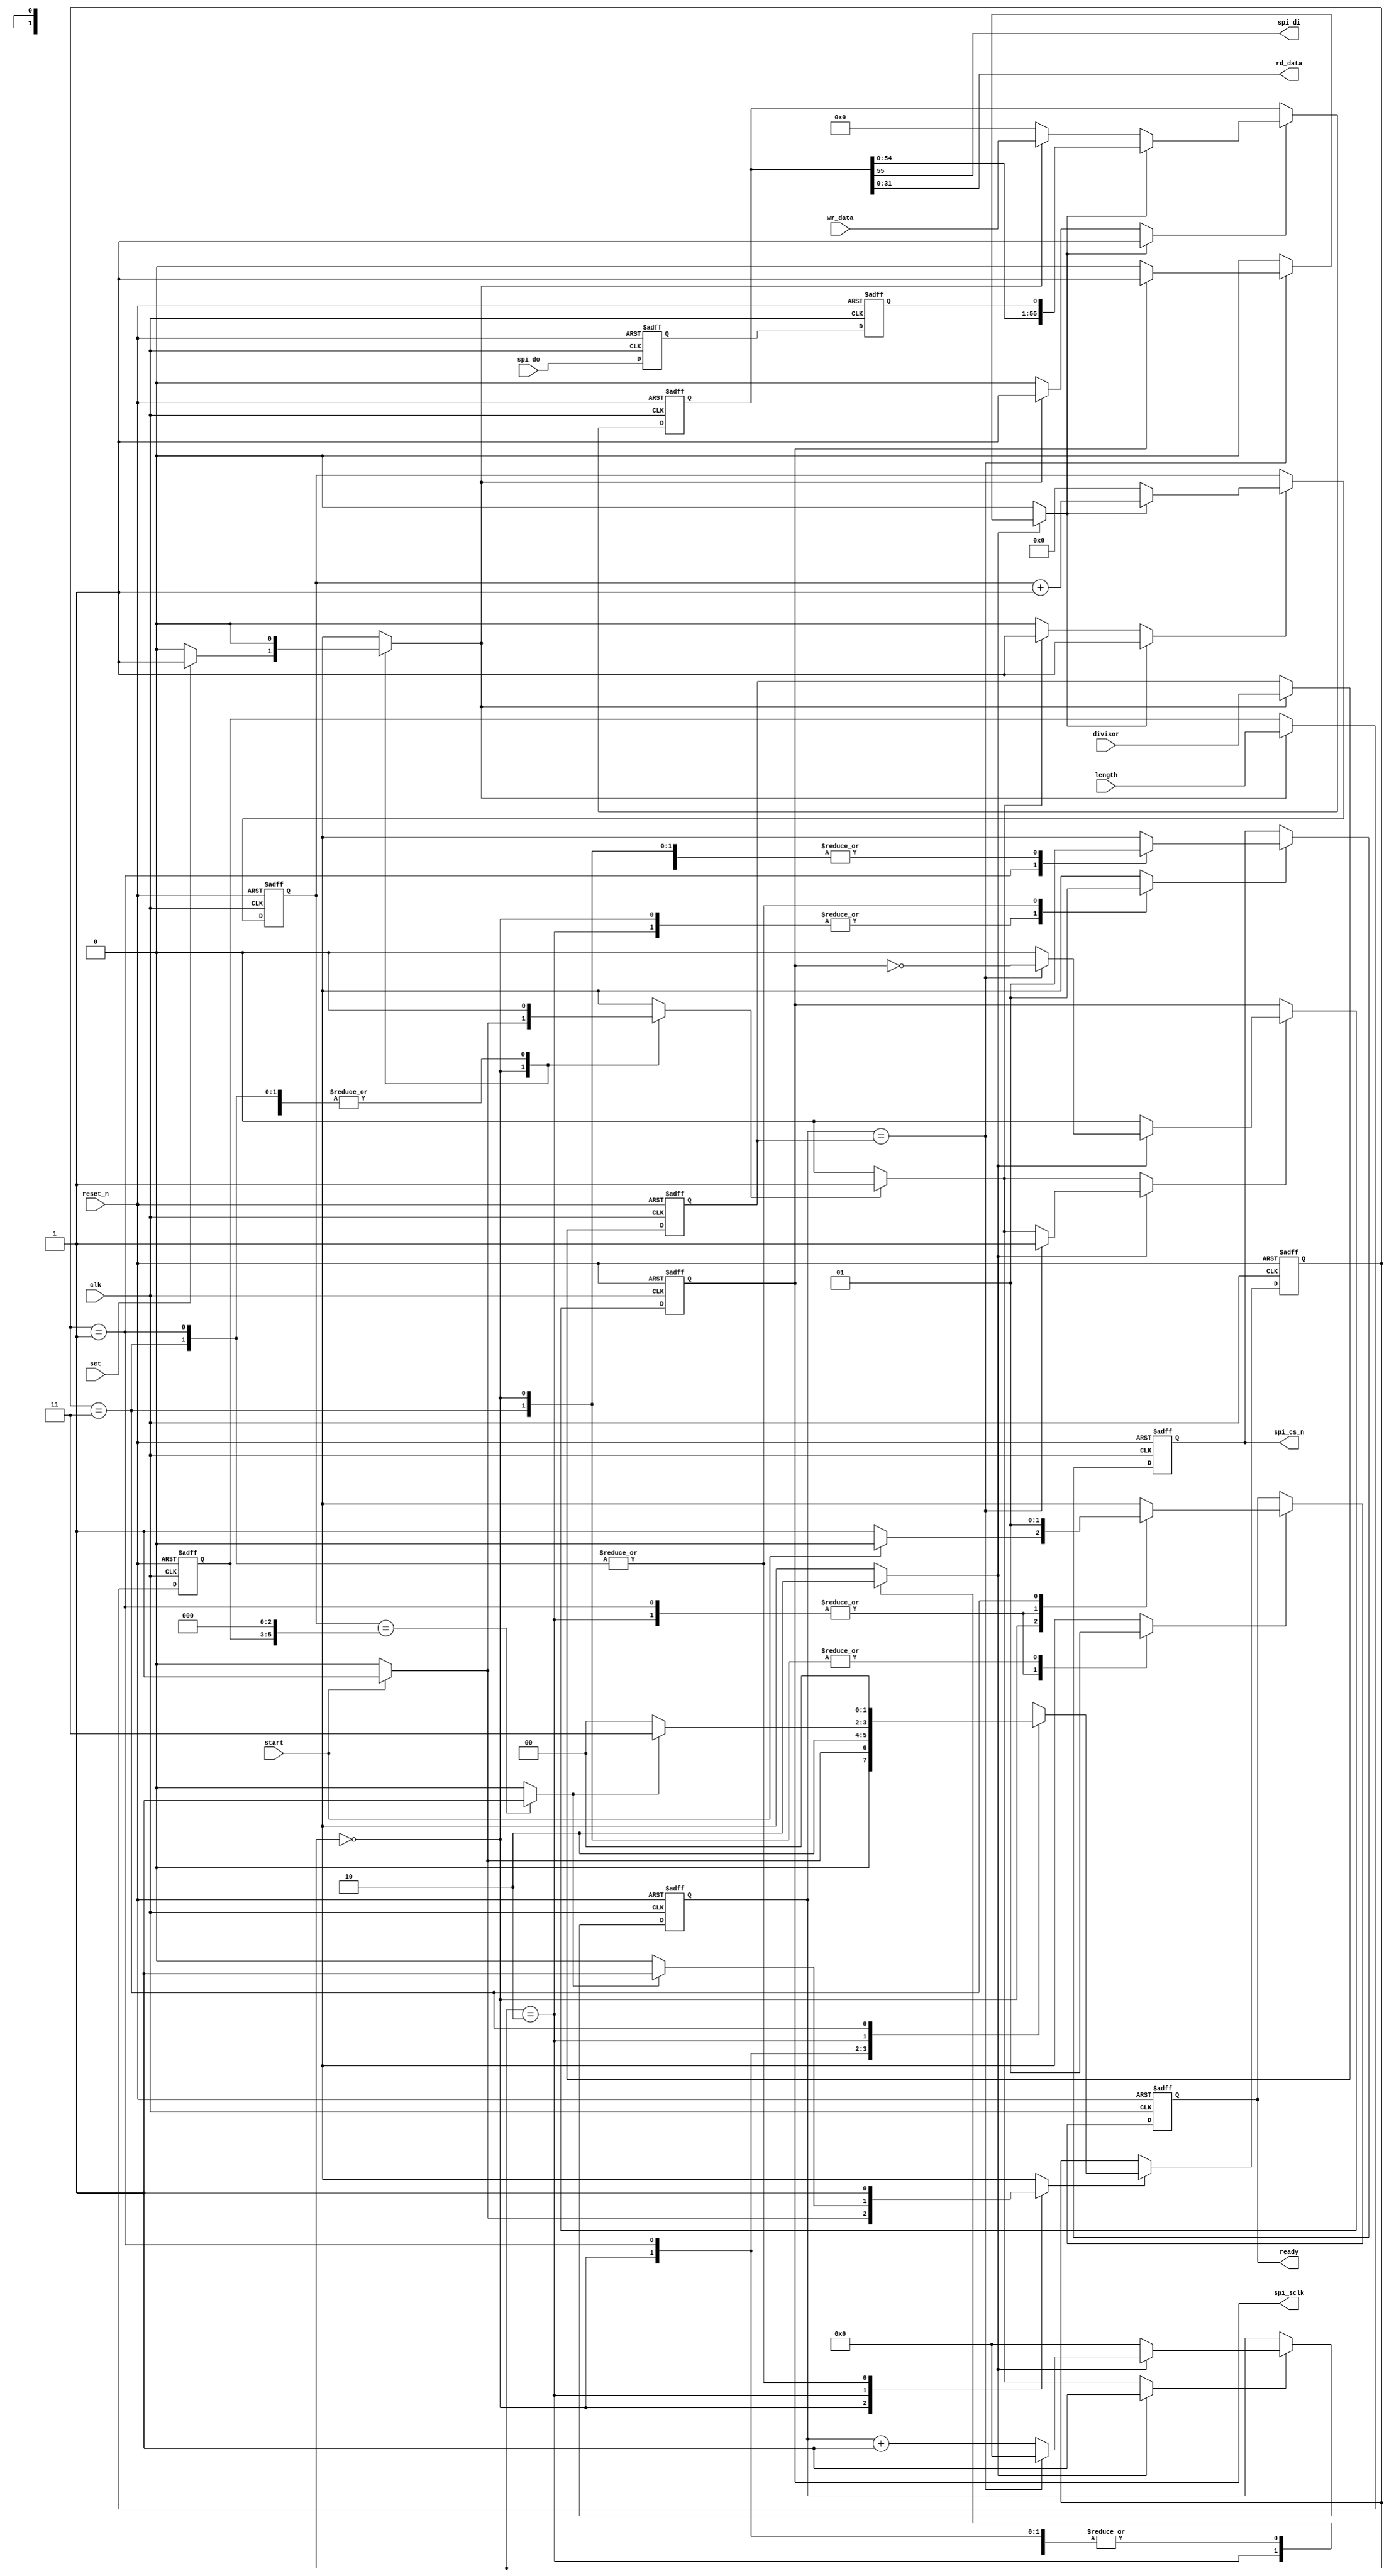
//======================================================================
//
// mkmif_spi.v
// -----------
// SPI interface for the master key memory. When enabled the
// interface waits for command to transmit and receive a given
// number of bytes. Data is transmitted onto the spi_di port
// from the MSB of the spi_data register. Simultaneously,
// data captured on the spi_do port is inserted at LSB in the
// spi_data register. The spi clock is generated when data is to be
// sent or recived.
//
//
// Copyright (c) 2016, NORDUnet A/S All rights reserved.
//
// Redistribution and use in source and binary forms, with or without
// modification, are permitted provided that the following conditions are
// met:
// - Redistributions of source code must retain the above copyright notice,
//   this list of conditions and the following disclaimer.
//
// - Redistributions in binary form must reproduce the above copyright
//   notice, this list of conditions and the following disclaimer in the
//   documentation and/or other materials provided with the distribution.
//
// - Neither the name of the NORDUnet nor the names of its contributors may
//   be used to endorse or promote products derived from this software
//   without specific prior written permission.
//
// THIS SOFTWARE IS PROVIDED BY THE COPYRIGHT HOLDERS AND CONTRIBUTORS "AS
// IS" AND ANY EXPRESS OR IMPLIED WARRANTIES, INCLUDING, BUT NOT LIMITED
// TO, THE IMPLIED WARRANTIES OF MERCHANTABILITY AND FITNESS FOR A
// PARTICULAR PURPOSE ARE DISCLAIMED. IN NO EVENT SHALL THE COPYRIGHT
// HOLDER OR CONTRIBUTORS BE LIABLE FOR ANY DIRECT, INDIRECT, INCIDENTAL,
// SPECIAL, EXEMPLARY, OR CONSEQUENTIAL DAMAGES (INCLUDING, BUT NOT LIMITED
// TO, PROCUREMENT OF SUBSTITUTE GOODS OR SERVICES; LOSS OF USE, DATA, OR
// PROFITS; OR BUSINESS INTERRUPTION) HOWEVER CAUSED AND ON ANY THEORY OF
// LIABILITY, WHETHER IN CONTRACT, STRICT LIABILITY, OR TORT (INCLUDING
// NEGLIGENCE OR OTHERWISE) ARISING IN ANY WAY OUT OF THE USE OF THIS
// SOFTWARE, EVEN IF ADVISED OF THE POSSIBILITY OF SUCH DAMAGE.
//
//======================================================================

module mkmif_spi(
                 input wire           clk,
                 input wire           reset_n,

                 output wire          spi_sclk,
                 output wire          spi_cs_n,
                 input wire           spi_do,
                 output wire          spi_di,

                 input wire           set,
                 input wire           start,
                 input wire [2 : 0]   length,
                 input wire [15 : 0]  divisor,
                 output wire          ready,
                 input wire [55 : 0]  wr_data,
                 output wire [31 : 0] rd_data
                );


  //----------------------------------------------------------------
  // Internal constant and parameter definitions.
  //----------------------------------------------------------------
  localparam CTRL_IDLE  = 2'h0;
  localparam CTRL_START = 2'h1;
  localparam CTRL_WAIT  = 2'h2;
  localparam CTRL_DONE  = 2'h3;


  //----------------------------------------------------------------
  // Registers including update variables and write enable.
  //----------------------------------------------------------------
  reg          do_sample0_reg;
  reg          do_sample1_reg;

  reg          cs_n_reg;
  reg          cs_n_new;
  reg          cs_n_we;

  reg          ready_reg;
  reg          ready_new;
  reg          ready_we;

  reg [55 : 0] data_reg;
  reg [55 : 0] data_new;
  reg          data_set;
  reg          data_nxt;
  reg          data_we;

  reg          sclk_reg;
  reg          sclk_new;
  reg          sclk_rst;
  reg          sclk_en;
  reg          sclk_we;

  reg [15 : 0] clk_ctr_reg;
  reg [15 : 0] clk_ctr_new;
  reg          clk_ctr_we;

  reg  [5 : 0] bit_ctr_reg;
  reg  [5 : 0] bit_ctr_new;
  reg          bit_ctr_rst;
  reg          bit_ctr_inc;
  reg          bit_ctr_done;
  reg          bit_ctr_we;

  reg [2 : 0]  length_reg;
  reg          length_we;

  reg [15 : 0] divisor_reg;
  reg          divisor_we;

  reg  [1 : 0] spi_ctrl_reg;
  reg  [1 : 0] spi_ctrl_new;
  reg          spi_ctrl_we;


  //----------------------------------------------------------------
  // Wires.
  //----------------------------------------------------------------


  //----------------------------------------------------------------
  // Concurrent connectivity for ports etc.
  //----------------------------------------------------------------
  assign spi_sclk = sclk_reg;
  assign spi_cs_n = cs_n_reg;
  assign spi_di   = data_reg[55];
  assign rd_data  = data_reg[31 : 0];
  assign ready    = ready_reg;


  //----------------------------------------------------------------
  // reg_update
  // Update functionality for all registers in the core.
  // All registers are positive edge triggered with asynchronous
  // active low reset.
  //----------------------------------------------------------------
  always @ (posedge clk or negedge reset_n)
    begin
      if (!reset_n)
        begin
          do_sample0_reg <= 1'h0;
          do_sample1_reg <= 1'h0;
          cs_n_reg       <= 1'h1;
          ready_reg      <= 1'h0;
          length_reg     <= 3'h0;
          divisor_reg    <= 16'h0;
          data_reg       <= 56'h0;
          sclk_reg       <= 1'h0;
          clk_ctr_reg    <= 16'h0;
          bit_ctr_reg    <= 6'h0;
          spi_ctrl_reg   <= CTRL_IDLE;
        end
      else
        begin
          do_sample0_reg <= spi_do;
          do_sample1_reg <= do_sample0_reg;

          if (cs_n_we)
            cs_n_reg <= cs_n_new;

          if (ready_we)
            ready_reg <= ready_new;

          if (data_we)
            data_reg <= data_new;

          if (length_we)
            length_reg <= length;

          if (divisor_we)
            divisor_reg <= divisor;

          if (sclk_we)
            sclk_reg <= sclk_new;

          if (clk_ctr_we)
            clk_ctr_reg <= clk_ctr_new;

          if (bit_ctr_we)
            bit_ctr_reg <= bit_ctr_new;

          if (spi_ctrl_we)
            spi_ctrl_reg <= spi_ctrl_new;

        end
    end // reg_update


  //----------------------------------------------------------------
  // data_gen
  //
  // Generate the data bitstream to be written out to the external
  // SPI connected memory. Basically a shift register.
  // Note that we also shift in data received from the external
  // memory.
  //----------------------------------------------------------------
  always @*
    begin : data_gen
      data_new = 56'h0;
      data_we  = 0;

      if (data_set)
        begin
          data_new = wr_data;
          data_we  = 1;
        end

      if (data_nxt)
        begin
          data_new = {data_reg[54 : 0], do_sample1_reg};
          data_we  = 1;
        end
    end // data_gen


  //----------------------------------------------------------------
  // sclk_gen
  //
  // Generator of the spi_sclk clock.
  //----------------------------------------------------------------
  always @*
    begin : sclk_gen
      sclk_new     = 0;
      sclk_we      = 0;
      clk_ctr_new  = 0;
      clk_ctr_we   = 0;
      data_nxt     = 0;
      bit_ctr_rst  = 0;
      bit_ctr_inc  = 0;

      if (sclk_rst)
        begin
          clk_ctr_new = 0;
          clk_ctr_we  = 1;
          bit_ctr_rst = 1;
          sclk_new    = 0;
          sclk_we     = 1;
        end

      if (sclk_en)
        begin
          if (clk_ctr_reg == divisor_reg)
            begin
              clk_ctr_new = 0;
              clk_ctr_we  = 1'b1;
              sclk_new    = ~sclk_reg;
              sclk_we     = 1;

              if (sclk_reg)
                begin
                  bit_ctr_inc = 1;
                  data_nxt    = 1;
                end
            end
          else
            begin
              clk_ctr_new = clk_ctr_reg + 1'b1;
              clk_ctr_we  = 1'b1;
            end
        end
    end // sclk_gen


  //----------------------------------------------------------------
  // bit_ctr
  //
  // Bit counter used by the FSM to keep track of the number bits
  // being read from or written to the memory.
  //----------------------------------------------------------------
  always @*
    begin : bit_ctr
      bit_ctr_new  = 6'h0;
      bit_ctr_we   = 1'b0;
      bit_ctr_done = 1'b0;

      if (bit_ctr_reg == {length_reg, 3'h0})
        bit_ctr_done = 1'b1;

      if (bit_ctr_rst)
        begin
          bit_ctr_new = 6'h0;
          bit_ctr_we  = 1'b1;
        end

      if (bit_ctr_inc)
        begin
          bit_ctr_new = bit_ctr_reg + 1'b1;
          bit_ctr_we  = 1'b1;
        end
    end // bit_ctr


  //----------------------------------------------------------------
  // spi_ctrl
  //
  // Control FSM for the SPI interface.
  //----------------------------------------------------------------
  always @*
    begin : spi_ctrl
      sclk_en      = 0;
      sclk_rst     = 0;
      cs_n_new     = 1;
      cs_n_we      = 0;
      data_set     = 0;
      length_we    = 0;
      divisor_we   = 0;
      ready_new    = 0;
      ready_we     = 0;
      spi_ctrl_new = CTRL_IDLE;
      spi_ctrl_we  = 0;

      case (spi_ctrl_reg)
        CTRL_IDLE:
          begin
            ready_new = 1;
            ready_we  = 1;

            if (set)
              begin
                data_set   = 1;
                length_we  = 1;
                divisor_we = 1;
              end

            if (start)
              begin
                ready_new    = 0;
                ready_we     = 1;
                sclk_rst     = 1;
                spi_ctrl_new = CTRL_START;
                spi_ctrl_we  = 1;
              end
          end

        CTRL_START:
          begin
            cs_n_new    = 0;
            cs_n_we     = 1;
            spi_ctrl_new = CTRL_WAIT;
            spi_ctrl_we  = 1;
          end

        CTRL_WAIT:
          begin
            sclk_en = 1;
            if (bit_ctr_done)
              begin
                spi_ctrl_new = CTRL_DONE;
                spi_ctrl_we  = 1;
              end
          end

        CTRL_DONE:
          begin
            ready_new    = 1;
            ready_we     = 1;
            cs_n_new     = 1;
            cs_n_we      = 1;
            spi_ctrl_new = CTRL_IDLE;
            spi_ctrl_we  = 1;
          end

        default:
          begin
          end
      endcase // case (spi_ctrl_reg)
    end // spi_ctrl

endmodule // mkmif_spi

//======================================================================
// EOF mkmif_spi.v
//======================================================================